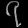
Digit: ၇